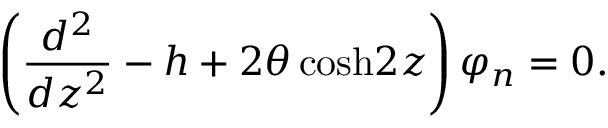
\left( { \frac { d ^ { 2 } } { d z ^ { 2 } } } - h + 2 \theta \, \mathrm { c o s h } 2 z \right) \varphi _ { n } = 0 .